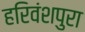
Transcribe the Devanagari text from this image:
हरिवंशपुरा